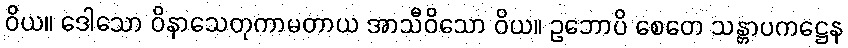
ဝိယ။ ဒေါသော ဝိနာသေတုကာမတာယ အာသီဝိသော ဝိယ။ ဥဘောပိ စေတေ သန္တာပကဋ္ဌေန